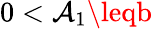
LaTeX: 0<\mathcal{A}_{1}\leqb